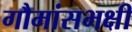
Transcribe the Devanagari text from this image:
गौमांसभक्षी